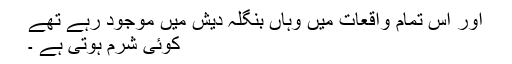
اور اس تمام واقعات میں وہاں بنگلہ دیش میں موجود رہے تھے
کوئی شرم ہوتی ہے ۔